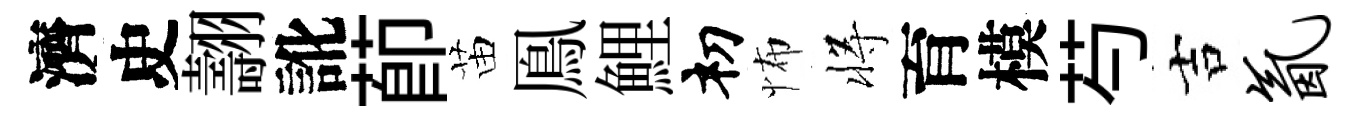
濟史翿訛莭苗鳯鯉𥘉怖将育模芍吉氤